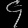
Digit: ၄